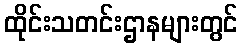
ထိုင်းသတင်းဌာနများတွင်